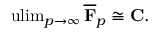
\operatorname { u l i m } _ { p \to \infty } { \overline { { \mathbf { F } } } } _ { p } \cong \mathbf { C } .